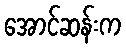
အောင်ဆန်းက